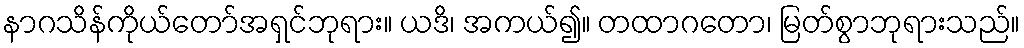
နာဂသိန်ကိုယ်တော်အရှင်ဘုရား။ ယဒိ၊ အကယ်၍။ တထာဂတော၊ မြတ်စွာဘုရားသည်။